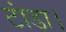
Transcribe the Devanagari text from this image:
टांडा।